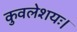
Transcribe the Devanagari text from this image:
कुवलेशयः।